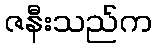
ဇနီးသည်က